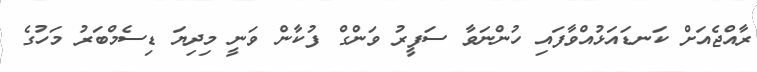
ރާއްޖެއަށް ކަނޑައަޅުއްވާފައި ހުންނަވާ ސަފީރު ވަންގް ފުކާން ވަނީ މިދިޔަ ޑިސެމްބަރު މަހުގެ